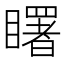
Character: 𥌓